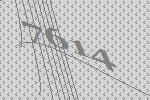
7614